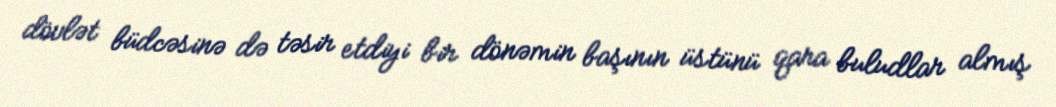
dövlət büdcəsinə də təsir etdiyi bir dönəmin başının üstünü qara buludlar almış